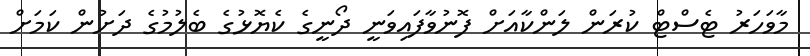
މާވަހަރު ޓެސްޓް ކުރަން ލަންކާއަށް ފޮނުވާފައިވަނީ ދޯނީގެ ކެޔޮޅުގެ ބެލުމުގެ ދަށުން ކަމަށް